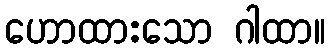
ဟောထားသော ဂါထာ။